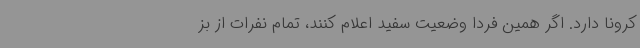
کرونا دارد. اگر همین فردا وضعیت سفید اعلام کنند، تمام نفرات از بز